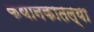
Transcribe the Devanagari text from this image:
कथानकातल्या